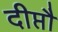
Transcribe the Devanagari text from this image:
दीप्तौ